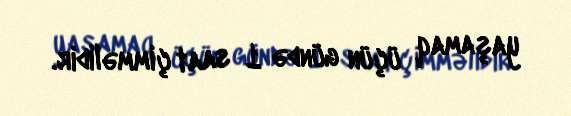
yaşamaq üçün gündə 1 saat çimməlidir.